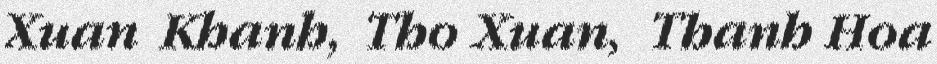
Xuan Khanh, Tho Xuan, Thanh Hoa